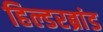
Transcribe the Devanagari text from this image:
हिल्डरब्रांड